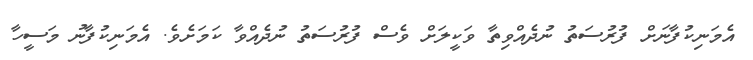
އެމަނިކުފާނަށް ފުރުސަތު ނުދެއްވިތާ ވަކީލަށް ވެސް ފުރުސަތު ނުދެއްވާ ކަމަށެވެ. އެމަނިކުފާނު މަސީހާ